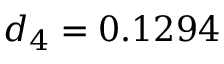
d _ { 4 } = 0 . 1 2 9 4